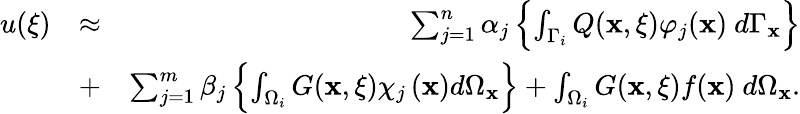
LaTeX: \begin{array}{rlr}{u({\mathbf\xi})}&{\approx}&{\sum_{j=1}^{n}\alpha_{j}\left\{ \int_{\Gamma_{i}}Q(\mathbf{x},{\mathbf\xi})\varphi_{j}(\mathbf{x})\ d\Gamma_{\mathbf{x}}\right\} }\\ &{+}&{\sum_{j=1}^{m}\beta_{j}\left\{ \int_{\Omega_{i}}G(\mathbf{x},{\mathbf\xi})\chi_{j}\left(\mathbf{x}\right)d\Omega_{\mathbf{x}}\right\} +\int_{\Omega_{i}}G(\mathbf{x},{\mathbf\xi})f(\mathbf{x})\ d\Omega_{\mathbf{x}}.}\end{array}